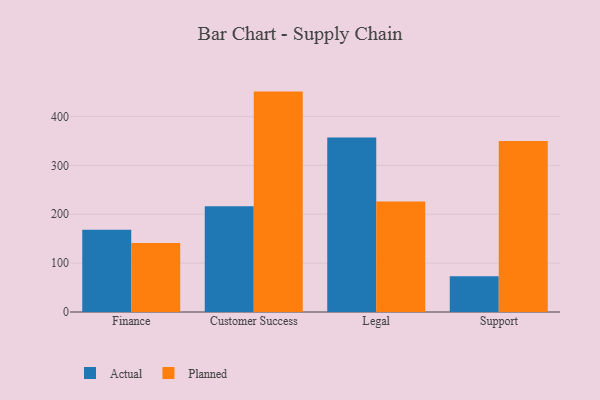
{"axis": {"x": "Department", "y": "Production Output"}, "legend": ["Actual", "Planned"], "data": [{"x": "Finance", "y": 168.3, "type": "Actual"}, {"x": "Finance", "y": 141.2, "type": "Planned"}, {"x": "Customer Success", "y": 216.5, "type": "Actual"}, {"x": "Customer Success", "y": 451.1, "type": "Planned"}, {"x": "Legal", "y": 356.9, "type": "Actual"}, {"x": "Legal", "y": 226.4, "type": "Planned"}, {"x": "Support", "y": 73.2, "type": "Actual"}, {"x": "Support", "y": 349.9, "type": "Planned"}]}